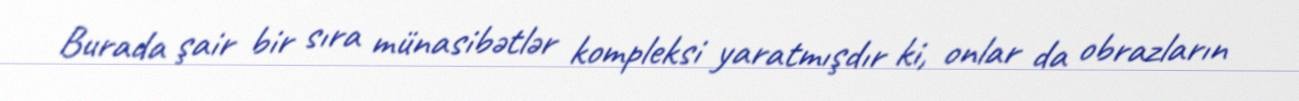
Burada şair bir sıra münasibətlər kompleksi yaratmışdır ki, onlar da obrazların